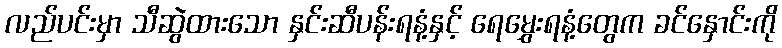
လည်ပင်းမှာ သီဆွဲထားသော နှင်းဆီပန်းရနံ့နှင့် ရေမွှေးရနံ့တွေက ခင်နှောင်းကို